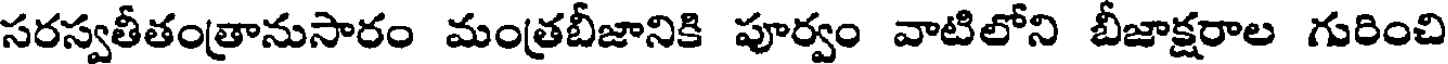
సరస్వతీతంత్రానుసారం మంత్రబీజానికి పూర్వం వాటిలోని బీజాక్షరాల గురించి